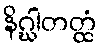
နိဂ္ဃါတတ္ထံ